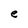
Character: e